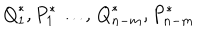
LaTeX: { Q } _ { 1 } ^ { \ast } , { P } _ { 1 } ^ { \ast } \dots , \, { Q } _ { n - m } ^ { \ast } , { P } _ { n - m } ^ { \ast }